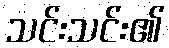
သင်းသင်း၏